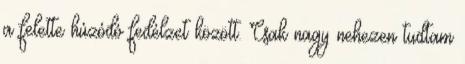
a felette húzódó fedélzet között. Csak nagy nehezen tudtam